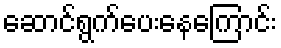
ဆောင်ရွက်ပေးနေကြောင်း